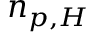
n _ { p , H }